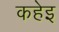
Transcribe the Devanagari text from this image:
कहेइ